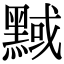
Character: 𪑝